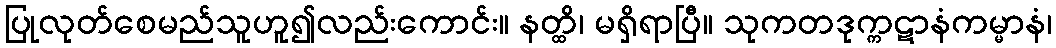
ပြုလုတ်စေမည်သူဟူ၍လည်းကောင်း။ နတ္ထိ၊ မရှိရာပြီ။ သုကတဒုက္ကဋာနံကမ္မာနံ၊